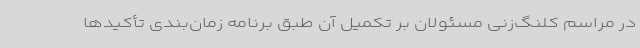
در مراسم کلنگ‌زنی مسئولان بر تکمیل آن طبق برنامه زمان‌بندی تأکیدها